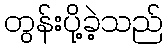
တွန်းပို့ခဲ့သည်